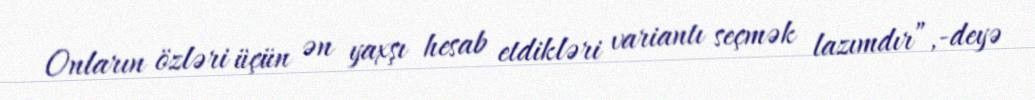
Onların özləri üçün ən yaxşı hesab etdikləri variantı seçmək lazımdır”,-deyə